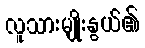
လူသားမျိုးနွယ်၏